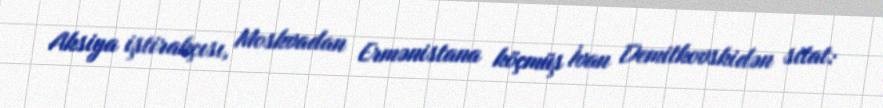
Aksiya iştirakçısı, Moskvadan Ermənistana köçmüş İvan Demitkovskidən sitat: